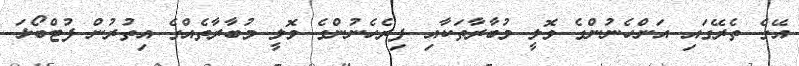
އޭގެ ތެރޭގައި އަންހެނުންގެ ވޮލީ މުބާރާތަކާއި ފިރެހެނުންގެ ވޮލީ މުބާރާތެއްގެ އިތުރުން ފުޓްބޯޅަ